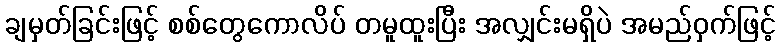
ချမှတ်ခြင်းဖြင့် စစ်တွေကောလိပ် တမူထူးပြီး အလျှင်းမရှိပဲ အမည်ဝှက်ဖြင့်